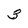
Character: 3